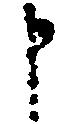
申